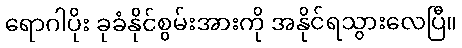
ရောဂါပိုး ခုခံနိုင်စွမ်းအားကို အနိုင်ရသွားလေပြီ။